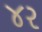
૪ર